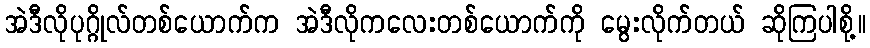
အဲဒီလိုပုဂ္ဂိုလ်တစ်ယောက်က အဲဒီလိုကလေးတစ်ယောက်ကို မွေးလိုက်တယ် ဆိုကြပါစို့။